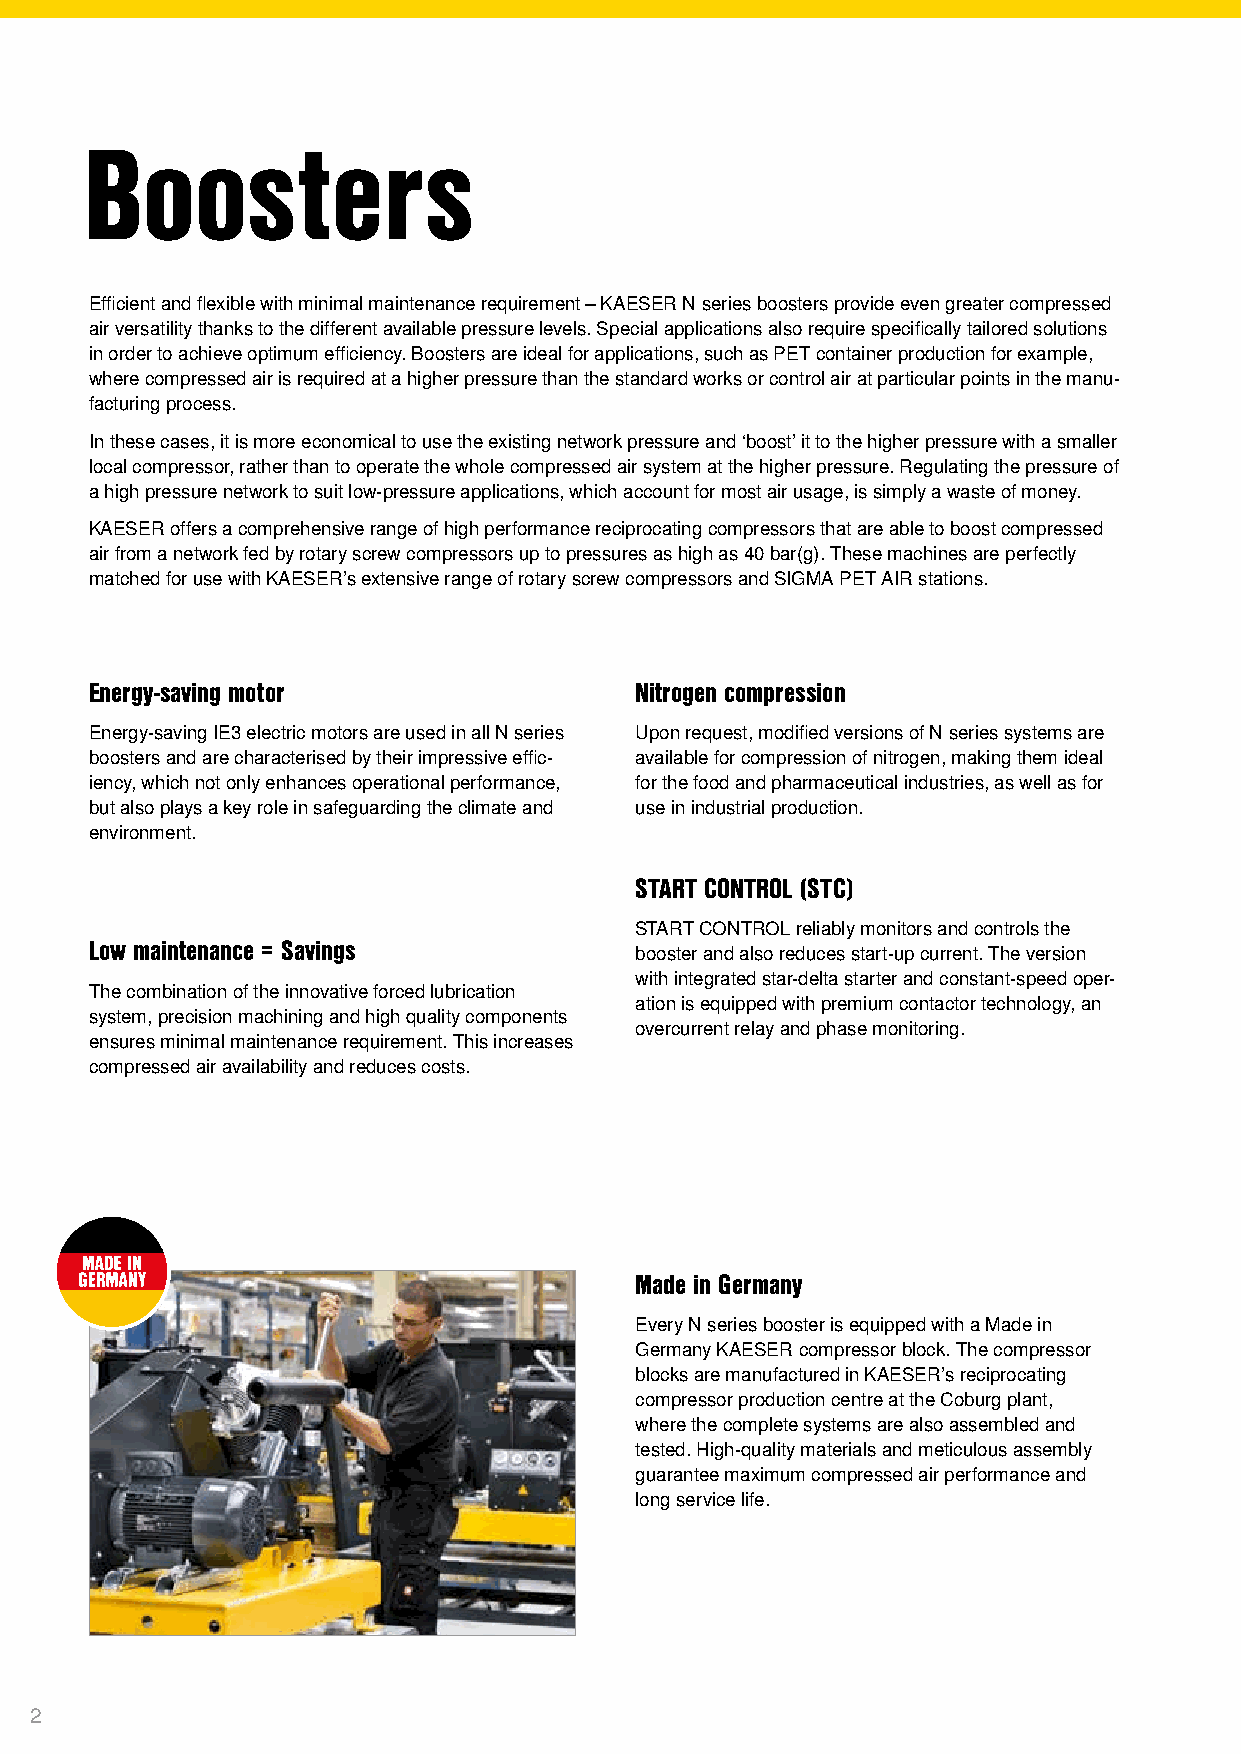
Boosters
 Efficient and flexible with minimal maintenance requirement – KAESER N series boosters provide even greater compressed
 air versatility thanks to the different available pressure levels. Special applications also require specifically tailored solutions
 in order to achieve optimum efficiency. Boosters are ideal for applications, such as PET container production for example,
 where compressed air is required at a higher pressure than the standard works or control air at particular points in the manu-
 facturing process.
 In these cases, it is more economical to use the existing network pressure and ‘boost’ it to the higher pressure with a smaller
 local compressor, rather than to operate the whole compressed air system at the higher pressure. Regulating the pressure of
 a high pressure network to suit low-pressure applications, which account for most air usage, is simply a waste of money.
 KAESER offers a comprehensive range of high performance reciprocating compressors that are able to boost compressed
 air from a network fed by rotary screw compressors up to pressures as high as 40 bar(g). These machines are perfectly
 matched for use with KAESER’s extensive range of rotary screw compressors and SIGMA PET AIR stations.
 Energy-saving motor                 Nitrogen compression
 Energy-saving IE3 electric motors are used in all N series Upon request, modified versions of N series systems are
 boosters and are characterised by their impressive effic- available for compression of nitrogen, making them ideal
 iency, which not only enhances operational performance, for the food and pharmaceutical industries, as well as for
 but also plays a key role in safeguarding the climate and use in industrial production.
 environment.
 START CONTROL (STC)
 START CONTROL reliably monitors and controls the
 Low maintenance = Savings           booster and also reduces start-up current. The version
 with integrated star-delta starter and constant-speed oper-
 The combination of the innovative forced lubrication
 ation is equipped with premium contactor technology, an
 system, precision machining and high quality components
 overcurrent relay and phase monitoring.
 ensures minimal maintenance requirement. This increases
 compressed air availability and reduces costs.
 Made in Germany
 Every N series booster is equipped with a Made in
 Germany KAESER compressor block. The compressor
 blocks are manufactured in KAESER’s reciprocating
 compressor production centre at the Coburg plant,
 where the complete systems are also assembled and
 tested. High-quality materials and meticulous assembly
 guarantee maximum compressed air performance and
 long service life.
 2